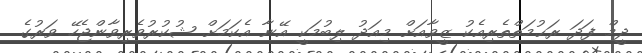
ދީމް ފަދަ ރަޙުމަތްތެރިއެކު ޒީވާއަށް މިއަދު ލިބުމަކީ އޭނާ އެކަމަށް ޝުކުރުވެރިވާންޖެހޭ ވަރުގެ